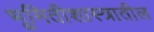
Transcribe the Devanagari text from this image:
भूमितीशास्त्रातील